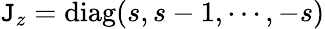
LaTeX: \mathtt{J}_{z}=\textrm{{diag}}(s,s-1,\cdots,-s)